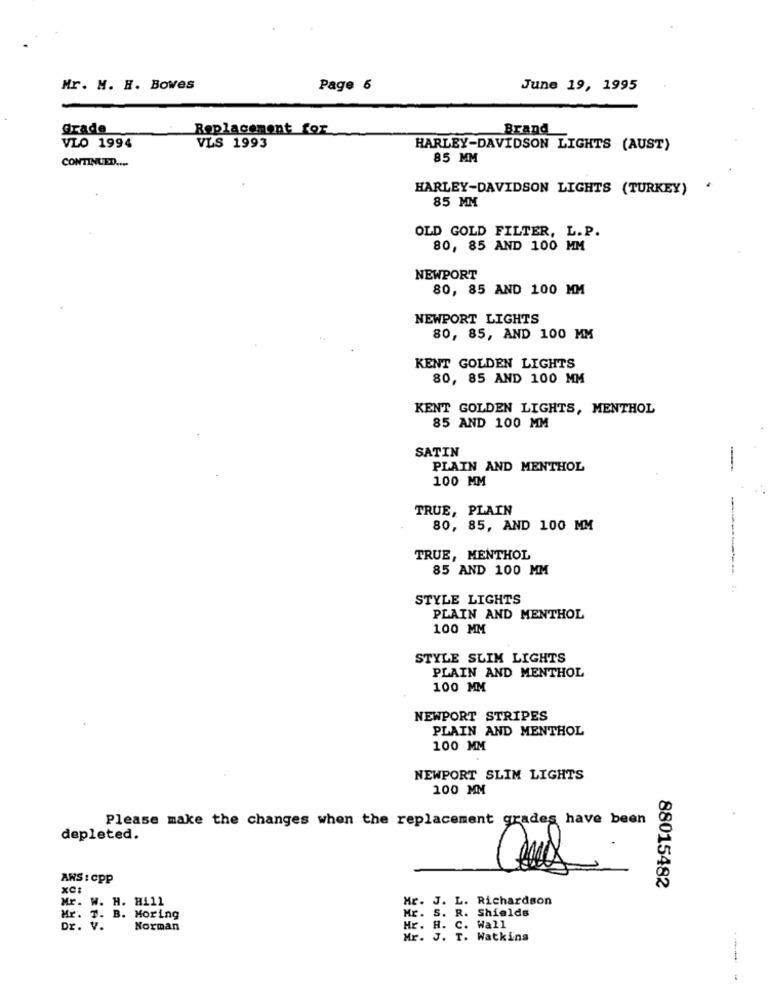
Mr. M. H. Bowes
Page 6
June 19, 1995
Grade
Replacement for
Brand
VLO 1994
VLS 1993
HARLEY-DAVIDSON LIGHTS (AUST)
CONTINUED ....
85 MM
HARLEY-DAVIDSON LIGHTS (TURKEY)
85 MM
OLD GOLD FILTER, L. P.
80, 85 AND 100 MM
NEWPORT
80, 85 AND 100 MM
NEWPORT LIGHTS
80, 85, AND 100 MM
KENT GOLDEN LIGHTS
80, 85 AND 100 MM
KENT GOLDEN LIGHTS, MENTHOL
85 AND 100 MM
SATIN
PLAIN AND MENTHOL
-
100 MM
TRUE, PLAIN
80, 85, AND 100 MM
TRUE, MENTHOL
85 AND 100 MM
STYLE LIGHTS
PLAIN AND MENTHOL
100 MM
STYLE SLIM LIGHTS
PLAIN AND MENTHOL
100 MM
NEWPORT STRIPES
PLAIN AND MENTHOL
100 MM
NEWPORT SLIM LIGHTS
100 MM
Please make the changes when the replacement grades have been
depleted.
ANS : CPP
xC:
88015482
Mr. W. H. Hill
Mr. J. L. Richardson
Mr. T. B. Moring
Mr. S. R. Shields
Dr. V.
Norman
Hr. H. C. Wall
Mr. J. T. Watkins
----